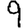
Digit: 9